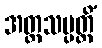
အတ္တသမ္ပတ္တိံ